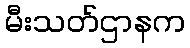
မီးသတ်ဌာနက